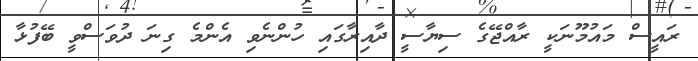
ރައީސް މައުމޫނަކީ ރާއްޖޭގެ ސިޔާސީ ދާއިރާގައި ހުންނެވި އެންމެ ގިނަ ދުވަސްވީ ބޭފުޅާ